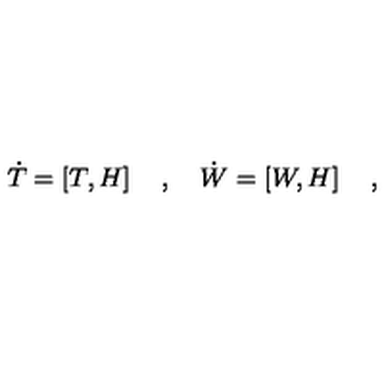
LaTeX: { \dot { T } } = \left[ T , H \right] \quad , \quad { \dot { W } } = \left[ W , H \right] \quad ,